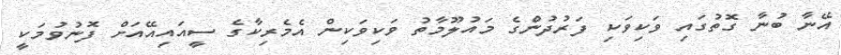
އޭނާ ބުނާ ގޮތުގައި ވަކިވަކި ފަރުދުންގެ މައުލޫމާތު ވަކިވަކިން އެމެރިކާގެ ސީއައިއޭއަށް ފޮނުވުމަކީ